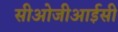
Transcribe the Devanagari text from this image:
सीओजीआईसी